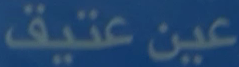
عينعتيق